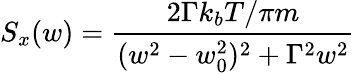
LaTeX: S_{x}(w)=\frac{2\Gamma k_{b}T/\pi m}{(w^{2}-w_{0}^{2})^{2}+\Gamma^{2}w^{2}}